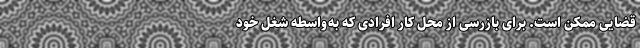
قضایی ممکن است. برای بازرسی از محل کار افرادی که به‌واسطه شغل خود